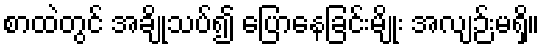
စာထဲတွင် အချိုသပ်၍ ပြောနေခြင်းမျိုး အလျဉ်းမရှိ။